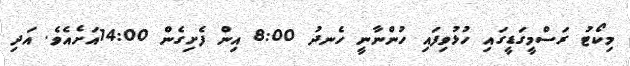
މިކޯޓު ރަސްމީގަޑީގައި ހުޅުވިފައި ހުންނާނީ ހެނދު 8:00 އިން ފެށިގެން 14:00އަށެއެވެ. އަދި